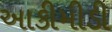
આકીમીડી